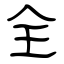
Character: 全